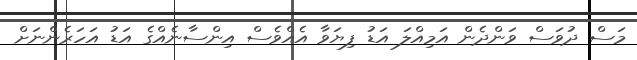
މަސް ދުވަސް ވަންދެން އަމިއްލަ އަޑު ފިޔަވާ އެއްވެސް އިންސާނެއްގެ އަޑު އަހަރެންނަށް